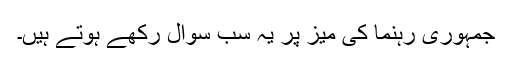
جمہوری رہنما کی میز پر یہ سب سوال رکھے ہوتے ہیں۔